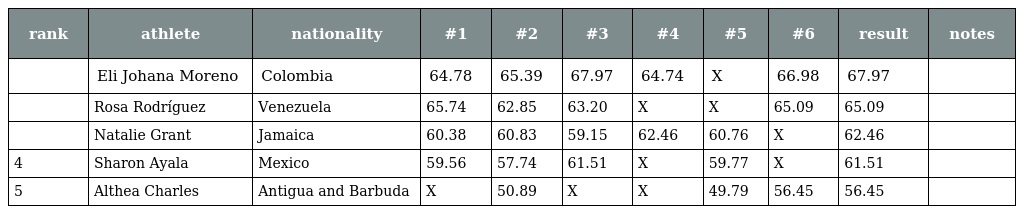
| rank | athlete | nationality | #1 | #2 | #3 | #4 | #5 | #6 | result | notes |
 | --- | --- | --- | --- | --- | --- | --- | --- | --- | --- | --- |
 |  | Eli Johana Moreno | Colombia | 64.78 | 65.39 | 67.97 | 64.74 | X | 66.98 | 67.97 |  |
 |  | Rosa Rodríguez | Venezuela | 65.74 | 62.85 | 63.20 | X | X | 65.09 | 65.09 |  |
 |  | Natalie Grant | Jamaica | 60.38 | 60.83 | 59.15 | 62.46 | 60.76 | X | 62.46 |  |
 | 4 | Sharon Ayala | Mexico | 59.56 | 57.74 | 61.51 | X | 59.77 | X | 61.51 |  |
 | 5 | Althea Charles | Antigua and Barbuda | X | 50.89 | X | X | 49.79 | 56.45 | 56.45 |  |